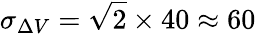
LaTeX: \sigma_{\Delta V}=\sqrt 2\times 40\approx 60